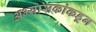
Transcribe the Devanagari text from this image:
अभ्यासकांकडून